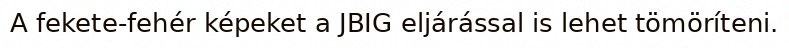
A fekete-fehér képeket a JBIG eljárással is lehet tömöríteni.